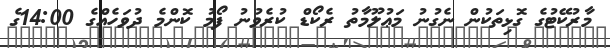
މާރުކޭޓުގެ ގޮޅިތަކުން ނެގުނު މަޢުލޫމާތު ރެކޯޑް ކުރެވުނު ފޯމު ކޮންމެ ދުވަހެއްގެ 14:00ގެ